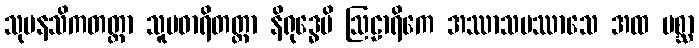
သုမနသိကတတ္တာ သူပဓာရိတတ္တာ နိရုဒ္ဓေပိ ဩဠာရိကေ အဿာသပဿာသေ အထ ပစ္ဆာ